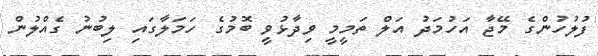
ފުލުހުންގެ މޭޖާ އަހުމަދު އަލް ތަމީމީ ވިދާޅުވީ ބޮމުގެ ހަމަލާގައި ލިބުނު ގެއްލުން